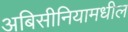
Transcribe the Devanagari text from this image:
अबिसीनियामधील